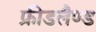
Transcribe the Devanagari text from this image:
फ्रीडलैण्ड